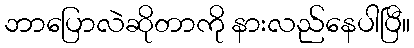
ဘာပြောလဲဆိုတာကို နားလည်နေပါပြီ။